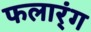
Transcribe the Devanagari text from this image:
फलार्ंग